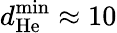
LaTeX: d_{\mathrm{He}}^{\operatorname*{min}}\approx 10